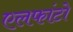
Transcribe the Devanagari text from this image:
एलफांटो